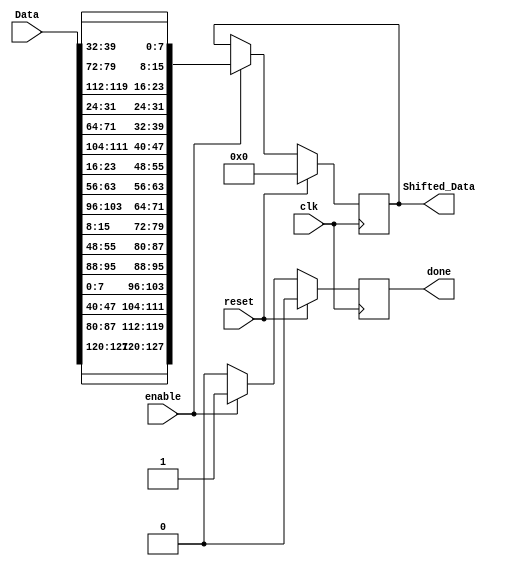
// This program was cloned from: https://github.com/ahegazy/aes
// License: MIT License

/*
*
*   Formal : May 2020
*
* Description: ShiftRows step in AES encryption/Decryption.
* Language: Verilog
*
*/
module shiftRows (
  input enable,clk,reset,
  input  wire  [0:127] Data,
	output reg  [0:127] Shifted_Data,
	output reg done );
	

/* Separate comb from seq*/

	wire  [0:127] Shifted_Data_comb;
    
	/* in the DATA .. the arranging is columns filled 1st  ._. */
    /* column 0 no change */
    assign Shifted_Data_comb[0+:8] = Data[0+:8];
    assign Shifted_Data_comb[32+:8] = Data[32+:8];
    assign Shifted_Data_comb[64+:8] = Data[64+:8];
    assign Shifted_Data_comb[96+:8] = Data[96+:8];

    /*2nd column , column 1 , 1 shift down */
    assign Shifted_Data_comb [8+:8] = Data[40+:8];
    assign Shifted_Data_comb [40+:8] = Data[72+:8];
    assign Shifted_Data_comb [72+:8] = Data[104+:8];
    assign Shifted_Data_comb [104+:8] = Data[8+:8];

    /*3rd column , column 2 , 2 shifts down */
    assign Shifted_Data_comb [16+:8] = Data[80+:8];
    assign Shifted_Data_comb [48+:8] = Data[112+:8];
    assign Shifted_Data_comb [80+:8] = Data[16+:8];
    assign Shifted_Data_comb [112+:8] = Data[48+:8];


    /*4th column , column 3 , 3 shifts down */
    assign Shifted_Data_comb [24+:8] = Data[120+:8];
    assign Shifted_Data_comb [56+:8] = Data[24+:8];
    assign Shifted_Data_comb [88+:8] = Data[56+:8];
    assign Shifted_Data_comb [120+:8] = Data[88+:8];

    /*
     //	row 0 no change 
    assign Shifted_Data_comb[0+:32] = Data[0+:32];
     //	2nd row , row 1 , 1 shift left 
    assign Shifted_Data_comb [32+:24] = Data[40+:24];
    assign Shifted_Data_comb [56+:8] = Data[32+:8];
     //3rd row , row 2 , 2 shifts left 
    assign Shifted_Data_comb [64+:16] = Data[80+:16];
    assign Shifted_Data_comb [80+:16] = Data[64+:16];
     //4th row , row 3 , 3 shifts left 
    assign Shifted_Data_comb [96+:8] = Data[120+:8];
    assign Shifted_Data_comb [104+:24] = Data[96+:24];
*/

initial done <= 0;
initial Shifted_Data <= 128'b0;
always @(posedge clk)
  begin
    if (reset)
		begin
	       Shifted_Data <= 128'b0;
		    done <= 0;
		end
  else if (enable) begin

	    Shifted_Data <= Shifted_Data_comb;
		done <= 1;
	end		
	else done <= 0;
end




`ifdef FORMAL

    reg f_past_valid; // to know if the $past value is valid to process
    initial f_past_valid = 0;

    initial assume(reset);


    always @(posedge clk)
        f_past_valid = 1;

    // sync reset
    // the design starts at reset Data so if no f_past_valid it should be on reset
    // if the past cycle had reset then it should be in reset Data
    always @(posedge clk)
        if(!f_past_valid || $past(reset))
        begin
            assert(Shifted_Data == 128'd0);
            assert(done == 1'b0);
        end


    // sync enable

    // if enable is valid 
    // assume stable input Data == $past(Data) 
    always @(posedge clk)
        if(enable || $past(enable))
            assume($stable(Data));


    /* calculate shifted data for formal */
    function [127:0] shiftRows(input [127:0] Datai);
        reg [7:0] data [0:3] [0:3];
        reg [7:0] shifted_data[0:3] [0:3];
        reg [127:0] shift_fn_out;
        integer i,j,ij;
        
        // 1D to 2D 
        for ( i=0; i<=3; i=i+1)
            for ( j=0; j<=3; j=j+1)
            begin 
                ij =15-((4*i)+j);
                data[j][i]=Datai[ij*8  +:  8];
            end	
                
        // row 0 stay as it is 
        for ( j=0; j<=3; j=j+1)
            shifted_data[0][j] = data[0][j];
        
        // row 1 shifted 1
        shifted_data[1][0] = data[1][1];
        shifted_data[1][1] = data[1][2];
        shifted_data[1][2] = data[1][3];
        shifted_data[1][3] = data[1][0];
        
        // row 2 shifted 2
        shifted_data[2][0] = data[2][2];
        shifted_data[2][1] = data[2][3];
        shifted_data[2][2] = data[2][0];
        shifted_data[2][3] = data[2][1];
        
    //row 3 shifted 3
        shifted_data[3][0] = data[3][3];
        shifted_data[3][1] = data[3][0];
        shifted_data[3][2] = data[3][1];
        shifted_data[3][3] = data[3][2];
     
        // 2D to 1D 
        for ( i=0; i<=3; i=i+1)
            for ( j=0; j<=3; j=j+1)
            begin 
                ij =15-((4*i)+j);
                shift_fn_out[ij*8  +:  8]=shifted_data[j][i];
            end

//return value 
            shiftRows = shift_fn_out;
    endfunction

    reg [127:0] f_shifted_Data;

    always @(*)
        f_shifted_Data = shiftRows(Data);

    always @(posedge clk)
        if(done)
            assert(Shifted_Data == f_shifted_Data);

`endif

endmodule